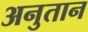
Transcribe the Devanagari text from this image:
अनुतान